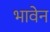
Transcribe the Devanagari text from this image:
भावेन